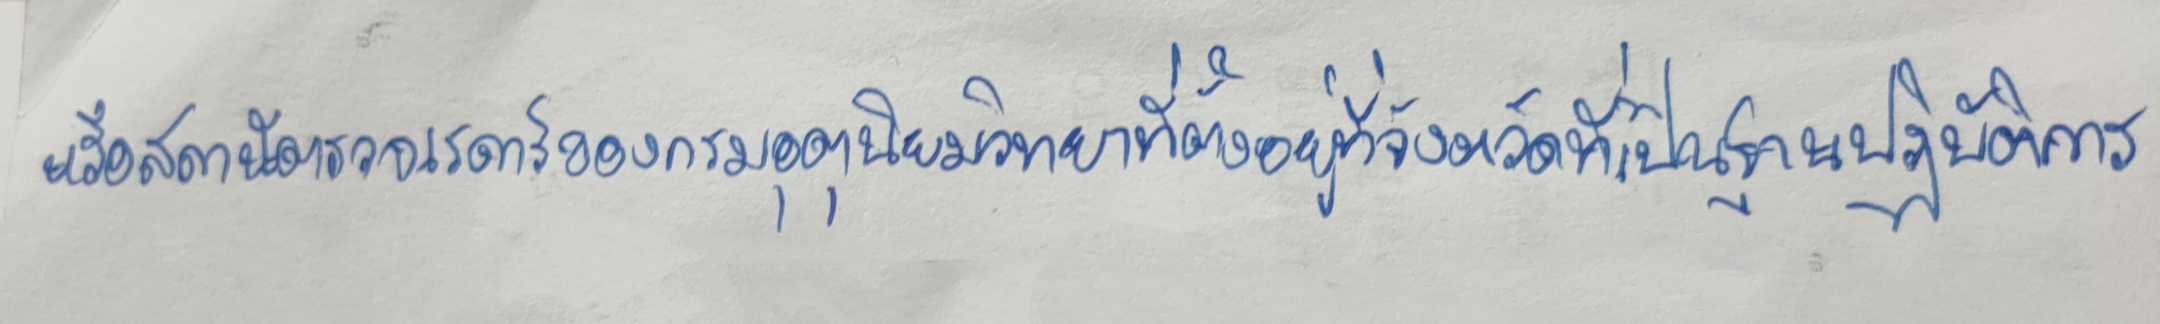
หรือสถานีตรวจเรดาร์ของกรมอุตุนิยมวิทยาที่ตั้งอยู่ที่จังหวัดที่เป็นฐานปฏิบัติการ